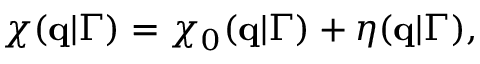
\chi ( \mathbf { q } | \Gamma ) = \chi _ { 0 } ( \mathbf { q } | \Gamma ) + \eta ( \mathbf { q } | \Gamma ) ,